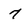
Character: 7